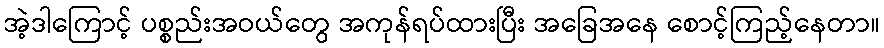
အဲ့ဒါကြောင့် ပစ္စည်းအဝယ်တွေ အကုန်ရပ်ထားပြီး အခြေအနေ စောင့်ကြည့်နေတာ။